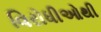
વિરોધીઓથી